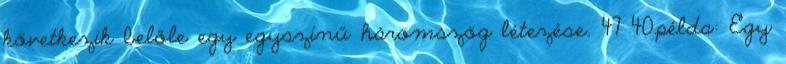
következik belőle egy egyszínű háromszög létezése. 47 40.példa: Egy